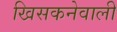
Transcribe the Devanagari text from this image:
खिसकनेवाली